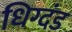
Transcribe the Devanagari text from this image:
धिग्दंड